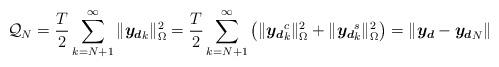
LaTeX: \begin{align*}\mathcal{Q}_N = \frac{T}{2} \sum_{k=N+1}^\infty \|\boldsymbol{y_d}_k\|_{\Omega}^2 = \frac{T}{2} \sum_{k=N+1}^\infty \left(\|\boldsymbol{y_d}_k^c\|_{\Omega}^2 + \|\boldsymbol{y_d}_k^s\|_{\Omega}^2\right) = \|\boldsymbol{y_d}- \boldsymbol{y_d}_N\|\end{align*}